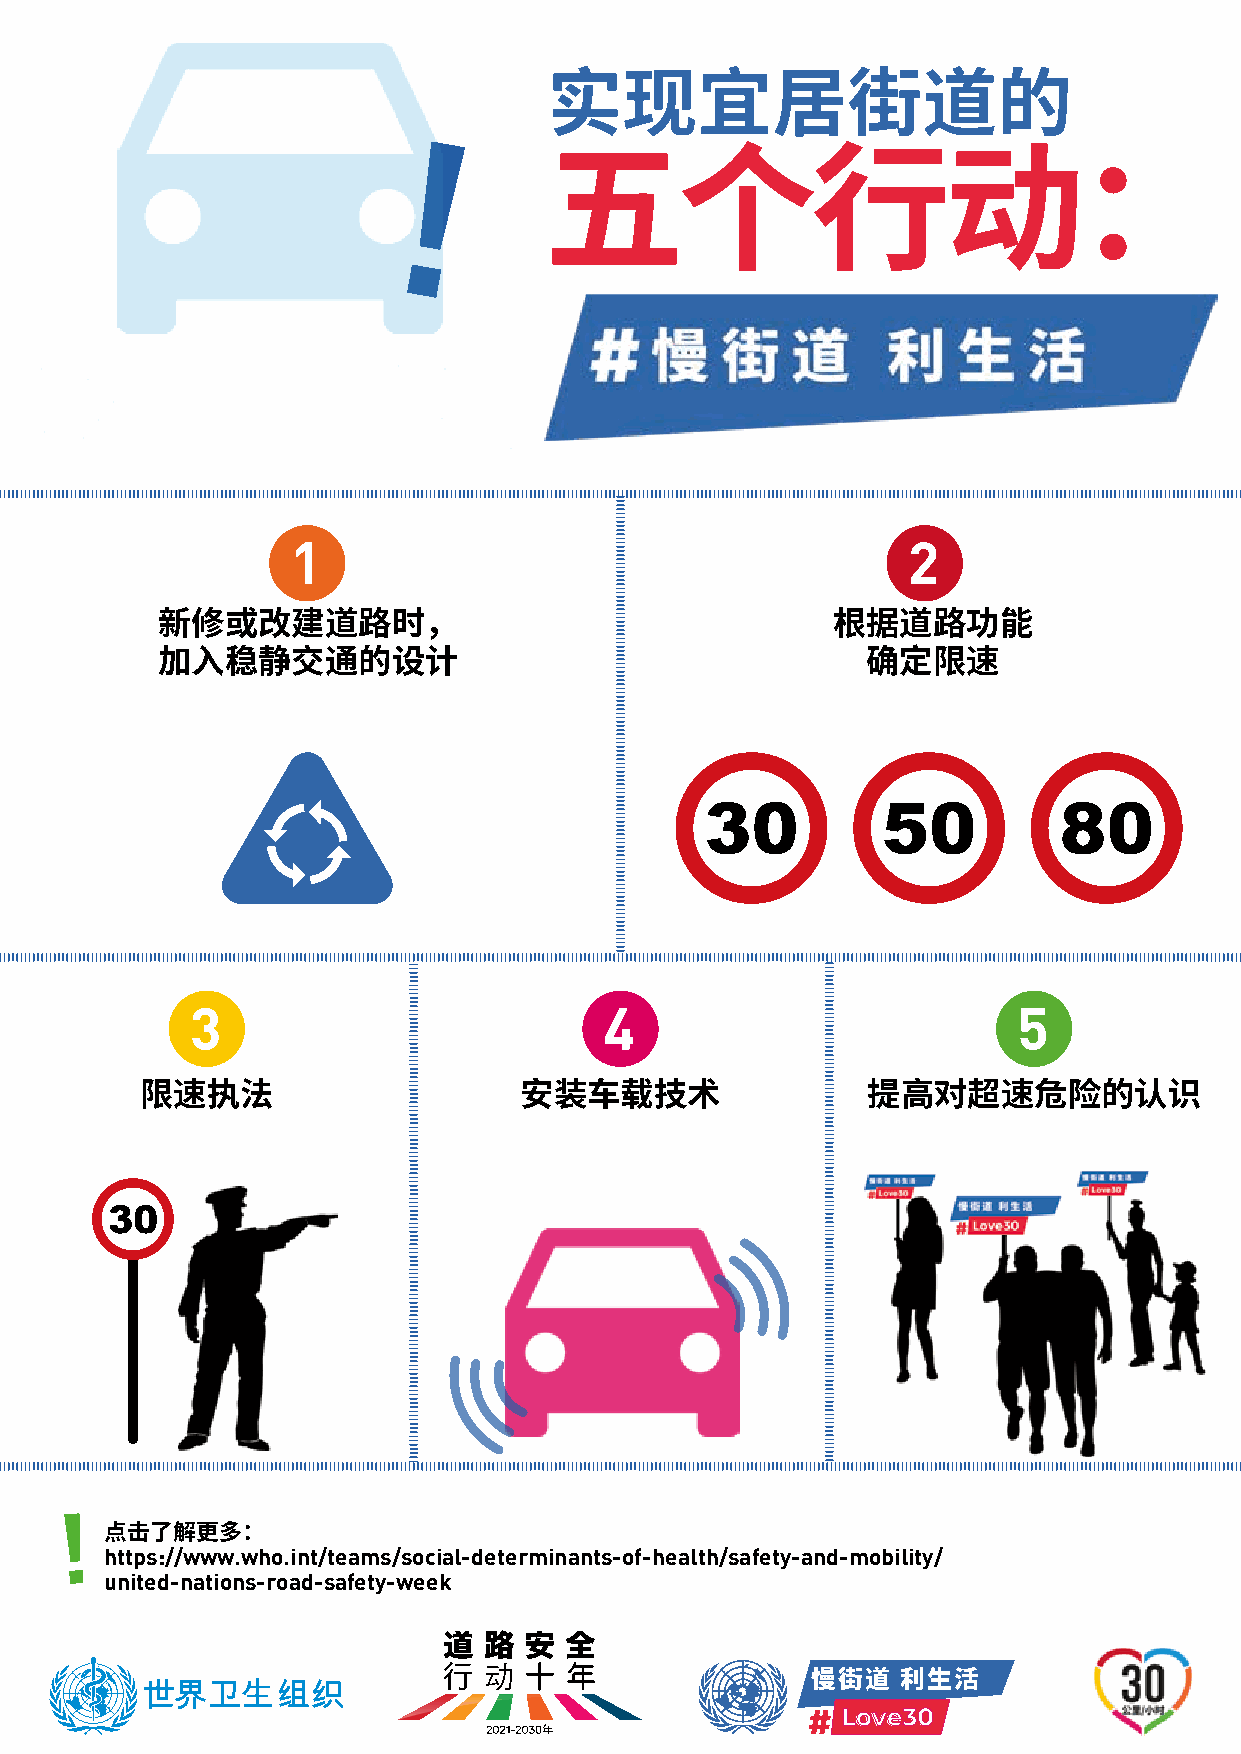
实现宜居街道的
 五个行动：
 1                                        2
 新修或改建道路时，                                    根据道路功能
 加入稳静交通的设计                                      确定限速
 30         50          80
 3                          4                          5
 限速执法                     安装车载技术                 提高对超速危险的认识
 30
 !
 点htt击ps了:/解/w更ww多.w：ho.int/teams/social-determinants-of-health/safety-and-mobility/
 united-nations-road-safety-week
 慢街道   利生活
 Love30
 !